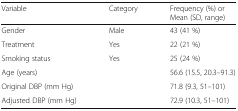
<table><thead><tr><td><b>Variable</b></td><td><b>Category</b></td><td><b>Frequency (%) or Mean (SD, range)</b></td></tr></thead><tbody><tr><td>Gender</td><td>Male</td><td>43 (41 %)</td></tr><tr><td>Treatment</td><td>Yes</td><td>22 (21 %)</td></tr><tr><td>Smoking status</td><td>Yes</td><td>25 (24 %)</td></tr><tr><td>Age (years)</td><td></td><td>56.6 (15.5, 20.3–91.3)</td></tr><tr><td>Original DBP (mm Hg)</td><td></td><td>71.8 (9.3, 51–101)</td></tr><tr><td>Adjusted DBP (mm Hg)</td><td></td><td>72.9 (10.3, 51–101)</td></tr></tbody></table>